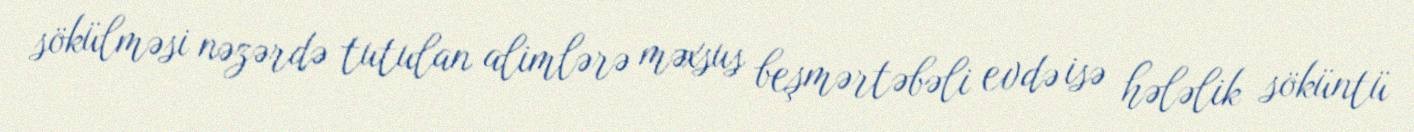
sökülməsi nəzərdə tutulan alimlərə məxsus beşmərtəbəli evdə isə hələlik söküntü